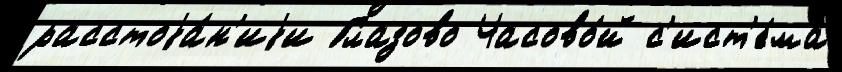
расстоjа́н'иjи Глазово Часово́й с'ист'е́ма